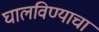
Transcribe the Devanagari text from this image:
घालविण्याचा